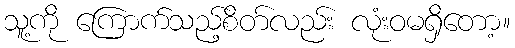
သူ့ကို ကြောက်သည့်စိတ်လည်း လုံးဝမရှိတော့။